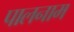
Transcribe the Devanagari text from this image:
पालनाम